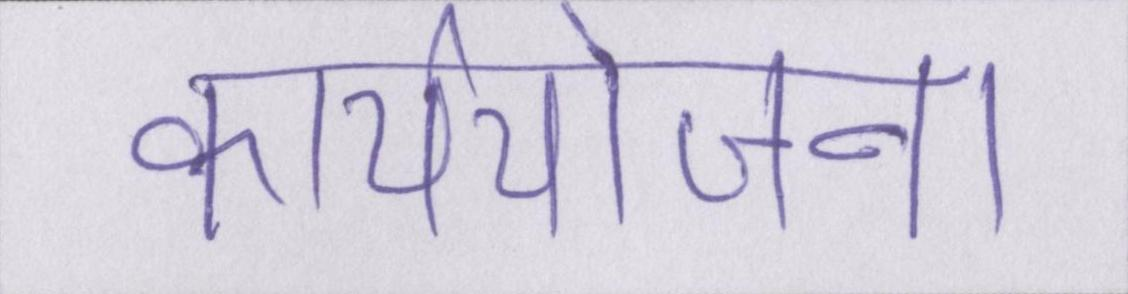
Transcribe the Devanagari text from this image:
कार्ययोजना